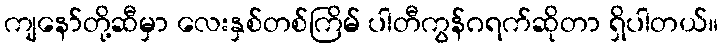
ကျနော်တို့ဆီမှာ လေးနှစ်တစ်ကြိမ် ပါတီကွန်ဂရက်ဆိုတာ ရှိပါတယ်။